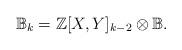
LaTeX: \begin{align*} \mathbb{B}_k= \mathbb{Z}[X,Y]_{k-2}\otimes \mathbb{B}.\end{align*}